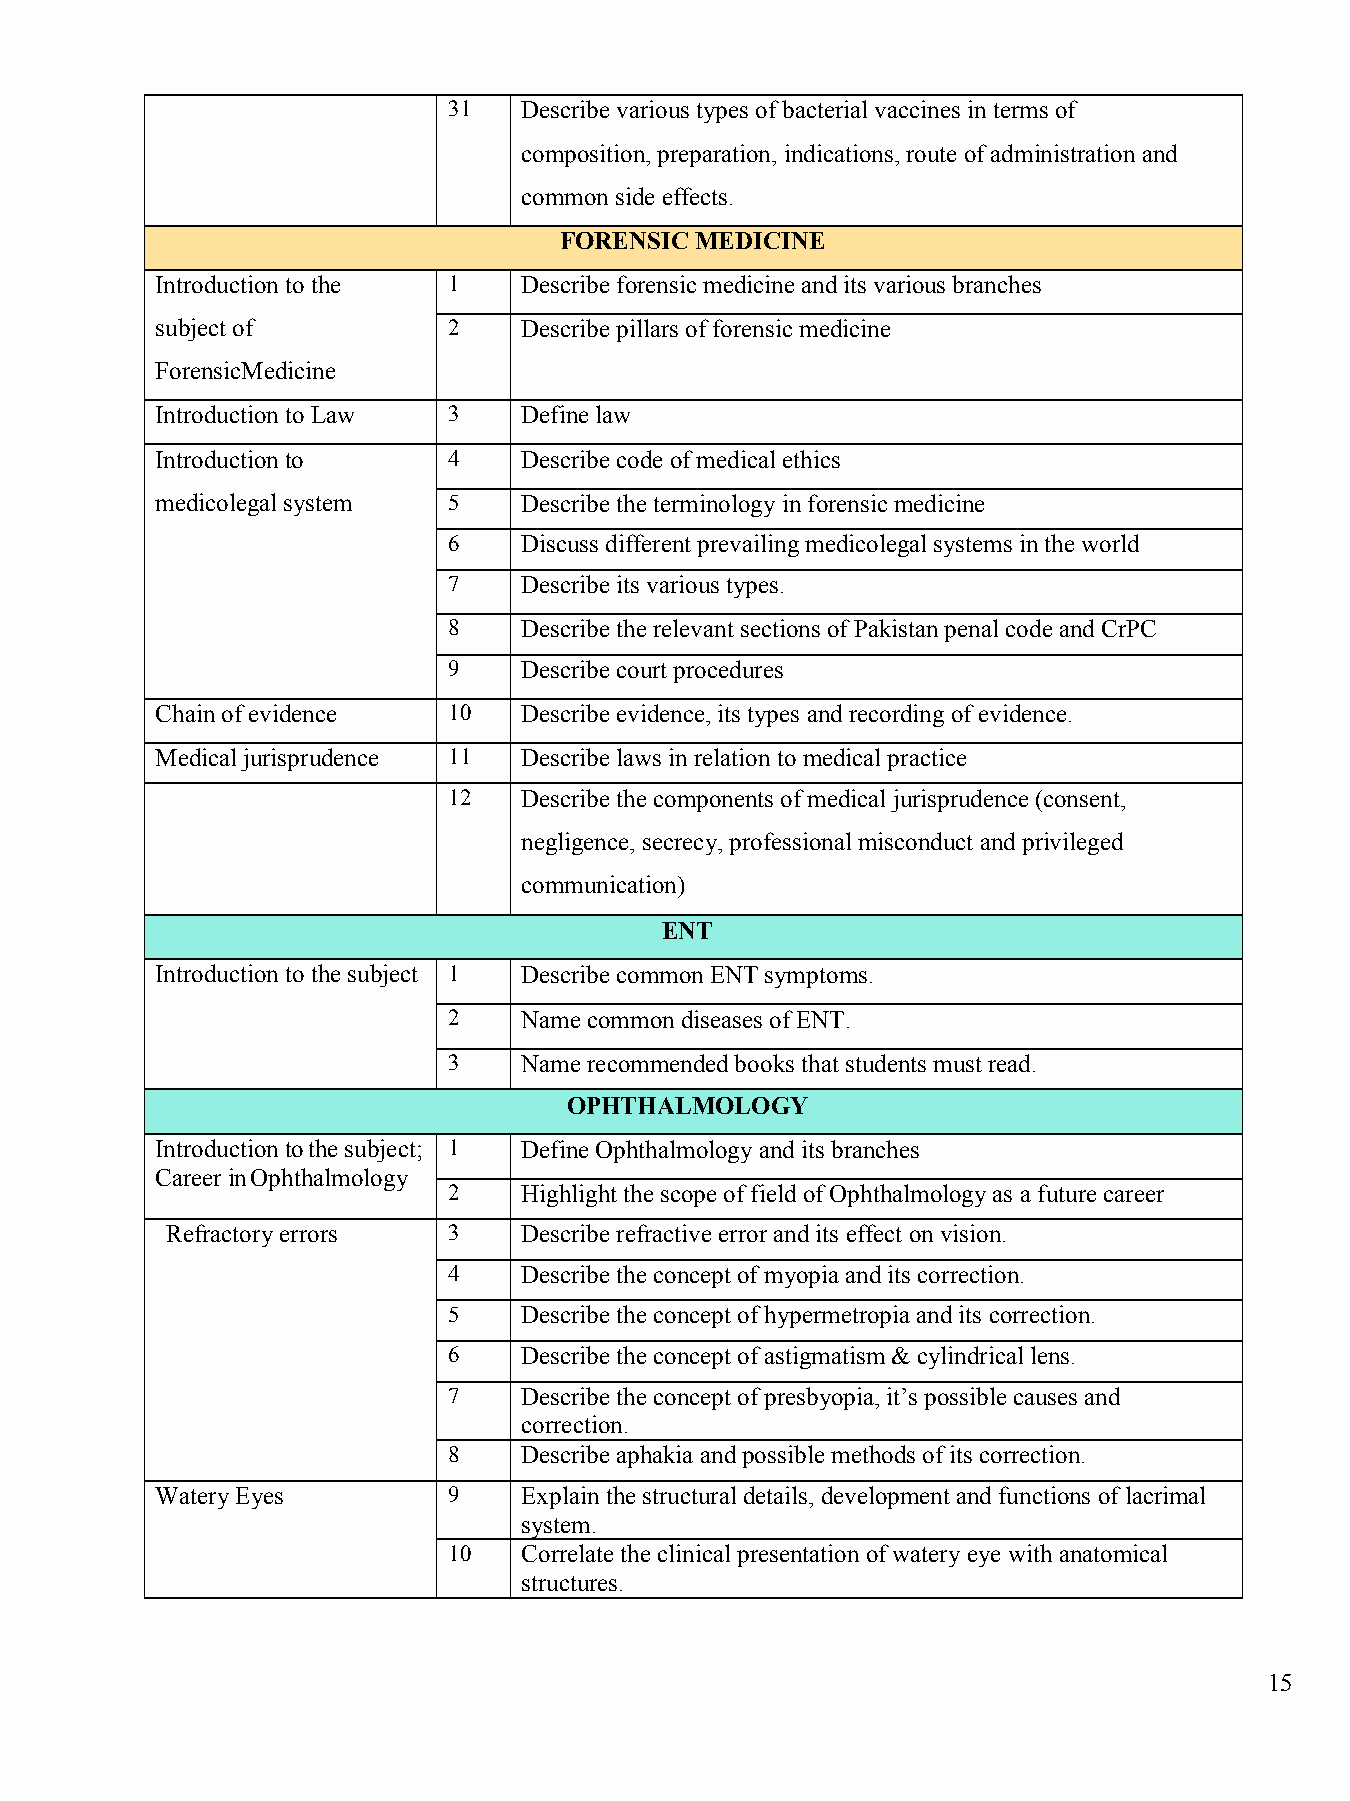
31   Describe various types of bacterial vaccines in terms of
 composition, preparation, indications, route of administration and
 common side effects.
 FORENSIC MEDICINE
 Introduction to the 1    Describe forensic medicine and its various branches
 subject of          2    Describe pillars of forensic medicine
 ForensicMedicine
 Introduction to Law 3    Define law
 Introduction to     4    Describe code of medical ethics
 medicolegal system  5    Describe the terminology in forensic medicine
 6    Discuss different prevailing medicolegal systems in the world
 7    Describe its various types.
 8    Describe the relevant sections of Pakistan penal code and CrPC
 9    Describe court procedures
 Chain of evidence   10   Describe evidence, its types and recording of evidence.
 Medical jurisprudence 11 Describe laws in relation to medical practice
 12   Describe the components of medical jurisprudence (consent,
 negligence, secrecy, professional misconduct and privileged
 communication)
 ENT
 Introduction to the subject 1 Describe common ENT symptoms.
 2    Name common diseases of ENT.
 3    Name recommended books that students must read.
 OPHTHALMOLOGY
 Introduction to the subject; 1 Define Ophthalmology and its branches
 Career in Ophthalmology
 2    Highlight the scope of field of Ophthalmology as a future career
 Refractory errors  3    Describe refractive error and its effect on vision.
 4    Describe the concept of myopia and its correction.
 5    Describe the concept of hypermetropia and its correction.
 6    Describe the concept of astigmatism & cylindrical lens.
 7    Describe the concept of presbyopia, it’s possible causes and
 correction.
 8    Describe aphakia and possible methods of its correction.
 Watery Eyes         9    Explain the structural details, development and functions of lacrimal
 system.
 10   Correlate the clinical presentation of watery eye with anatomical
 structures.
 15